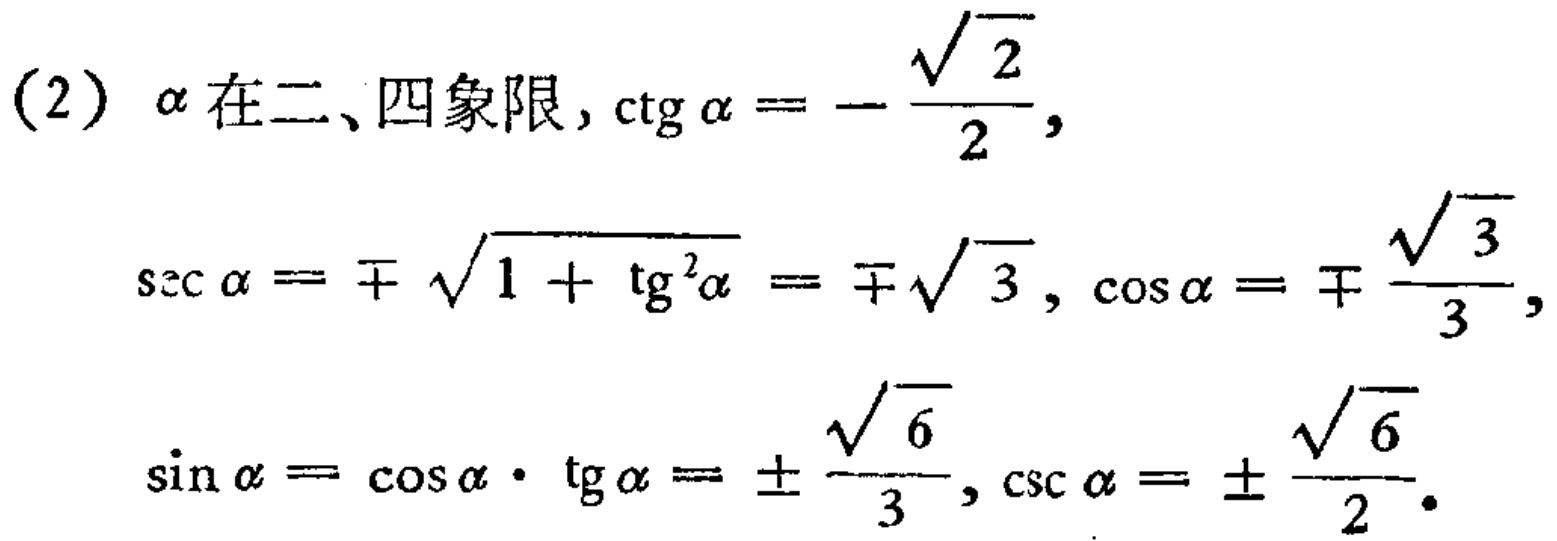
(2) $\alpha$在二、四象限, $\mathrm{ctg}\alpha = -\frac{\sqrt{2}}{2}$,
$\mathrm{sec}\alpha = \mp\sqrt{1 + \mathrm{tg}^{2}\alpha} = \mp\sqrt{3}$, $\cos\alpha = \mp\frac{\sqrt{3}}{3}$,
$\sin\alpha = \cos\alpha\cdot\mathrm{tg}\alpha = \pm\frac{\sqrt{6}}{3}$, $\mathrm{csc}\alpha = \pm\frac{\sqrt{6}}{2}$.